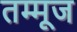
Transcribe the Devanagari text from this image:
तम्मूज